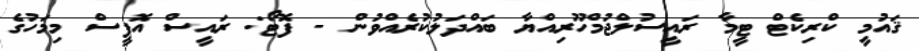
ޤައުމީ ކްރިކެޓް ޓީމާ ރައީސުލްޖުމްހޫރިއްޔާ ބައްދަލުކުރެއްވުން - ފޮޓޯ: ރައީސް އޮފީސް މިމަހުގެ